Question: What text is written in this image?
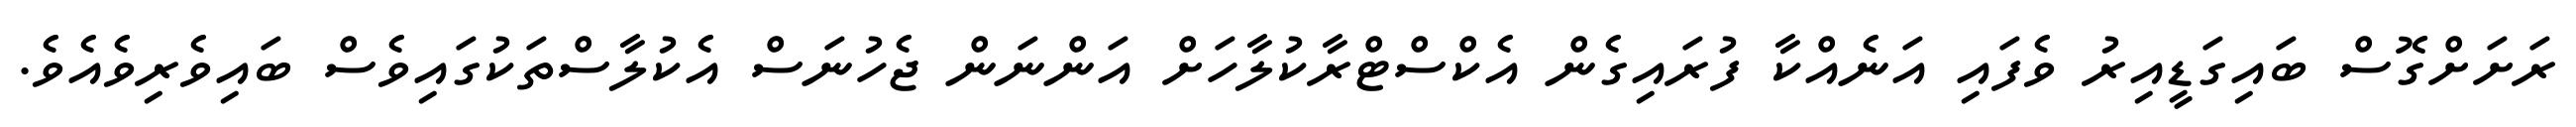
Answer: ރަށަށްގޮސް ބައިގަޑީއިރު ވެފައި އަނެއްކާ ފުރައިގެން އެކްސްޓްރާކުލާހަށް އަންނަން ޖެހުނަސް އެކުލާސްތަކުގައިވެސް ބައިވެރިވެއެވެ.